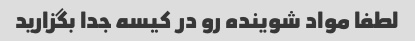
لطفا مواد شوینده رو در کیسه جدا بگزارید